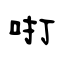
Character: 咑